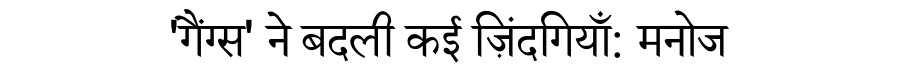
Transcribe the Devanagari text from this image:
'गैंग्स' ने बदली कई ज़िंदगियाँ: मनोज